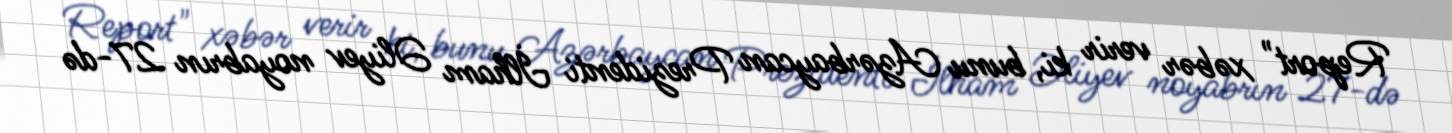
Report" xəbər verir ki, bunu Azərbaycan Prezidenti İlham Əliyev noyabrın 27-də